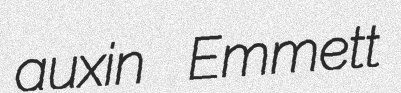
auxin Emmett